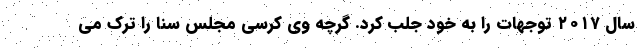
سال ۲۰۱۷ توجهات را به خود جلب کرد. گرچه وی کرسی مجلس سنا را ترک می